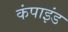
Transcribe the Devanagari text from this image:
कंपाइंड